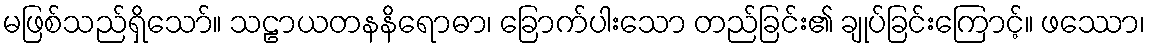
မဖြစ်သည်ရှိသော်။ သဠာယတနနိရောဓာ၊ ခြောက်ပါးသော တည်ခြင်း၏ ချုပ်ခြင်းကြောင့်။ ဖဿော၊